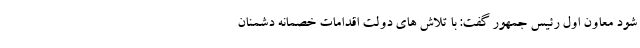
شود معاون اول رئیس جمهور گفت: با تلاش های دولت اقدامات خصمانه دشمنان